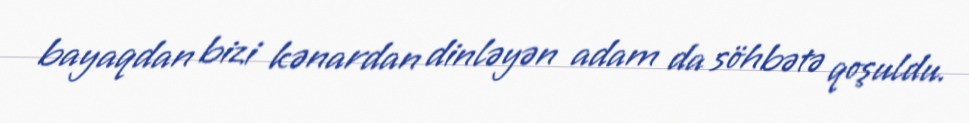
bayaqdan bizi kənardan dinləyən adam da söhbətə qoşuldu.